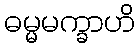
ဓမ္မမက္ခာဟိ